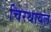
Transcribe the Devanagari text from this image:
चिरथावल